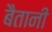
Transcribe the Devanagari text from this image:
बैतानी